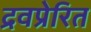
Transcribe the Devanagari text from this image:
द्रवप्रेरित